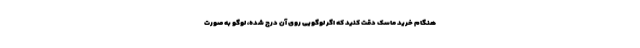
هنگام خرید ماسک دقت کنید که اگر لوگویی روی آن درج شده، لوگو به صورت